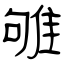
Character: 雊